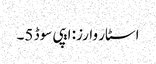
اسٹار وارز: ایپی سوڈ 5۔